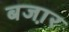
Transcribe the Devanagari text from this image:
बजा़र